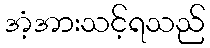
အံ့အားသင့်ရသည်